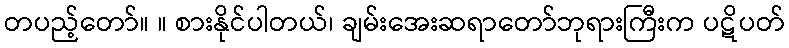
တပည့်တော်။ ။ စားနိုင်ပါတယ်၊ ချမ်းအေးဆရာတော်ဘုရားကြီးက ပဋိပတ်